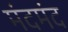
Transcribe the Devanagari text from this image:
मंदमंद